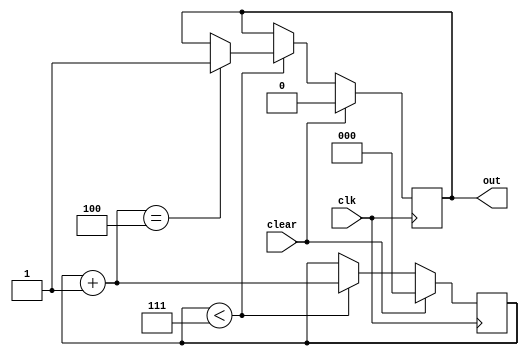
`timescale 1ms/1ms

module counter_0to7_nonRecycling(output reg out, input clear, clk);
  reg [2:0] counter; 

  always @(posedge clk)
    begin
      // checa se clear  1, se for limpa o contador e zera out
      if(clear==1)
        begin
          counter <= 0;
          out <= 0;
        end
      else
        begin
        // se o contador for menor que 7, incrementa de 1
          if(counter < 7)
            begin
              counter = counter + 1;
              if(counter == 4)
                out <= 1;
            end
        end
    end
endmodule